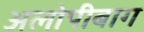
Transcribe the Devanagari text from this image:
अलोपीबाग